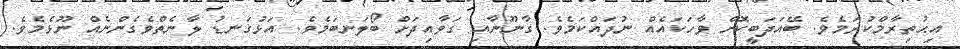
އިޙުތިރާމްކުރަމެވެ. ބޭއަދަބީކޮށް ވާހަކައެއް ނުދައްކަމެވެ. ގާނޫނާއި ގަވާއިދަށް ބޯލަނބަމެވެ. އަޅުގަނޑު ލާނެތްވެގެންނެއް ނޫޅެމެވެ.